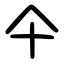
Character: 仐